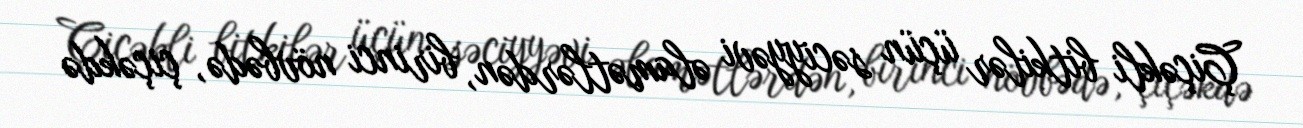
Çiçəkli bitkilər üçün səciyyəvi əlamətlərdən, birinci növbədə, çiçəkdə